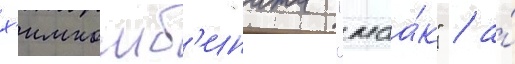
х'имкомб'ината "маа́к" / а́